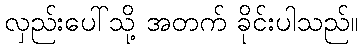
လှည်းပေါ်သို့ အတက် ခိုင်းပါသည်။